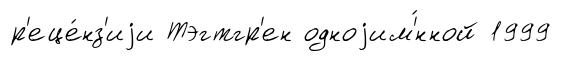
р'еце́нз'иjи Тэгтгр'ен одноjим'́нной 1999